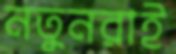
নতুনরাই